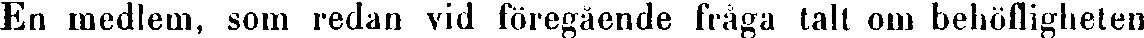
En medlem, som redan vid föregående fråga tall om behöfligheten